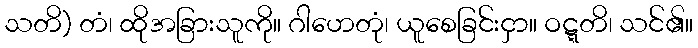
သတိ) တံ၊ ထိုအခြားသူကို။ ဂါဟေတုံ၊ ယူစေခြင်းငှာ။ ဝဋ္ဋတိ၊ သင်၏။